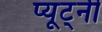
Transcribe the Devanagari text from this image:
प्यूट्नी